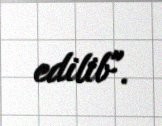
edilib".